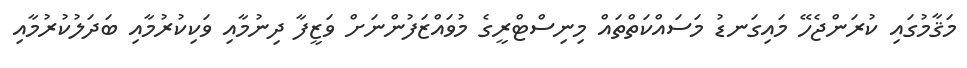
މަޤާމުގައި ކުރަންޖެހޭ މައިގަނޑު މަސައްކަތްތައް މިނިސްޓްރީގެ މުވައްޒަފުންނަށް ވަޒީފާ ދިނުމާއި ވަކިކުރުމާއި ބަދަލުކުރުމާއި